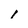
Character: l